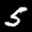
Digit: 5